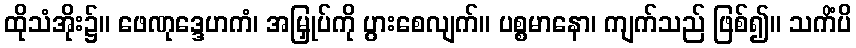
ထိုသံအိုး၌။ ဖေဏုဒ္ဒေဟကံ၊ အမြှုပ်ကို ပွားစေလျက်။ ပစ္စမာနော၊ ကျက်သည် ဖြစ်၍။ သကိံပိ